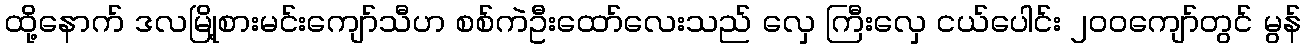
ထို့နောက် ဒလမြို့စားမင်းကျော်သီဟ စစ်ကဲဦးထော်လေးသည် လှေ ကြီးလှေ ငယ်ပေါင်း ၂၀၀ကျော်တွင် မွန်